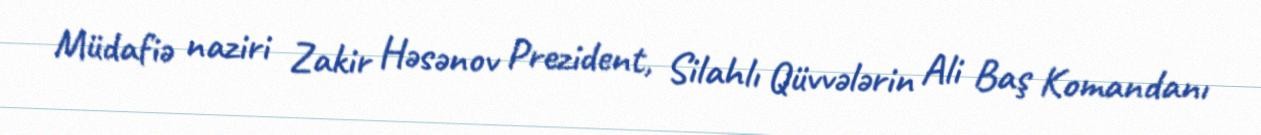
Müdafiə naziri Zakir Həsənov Prezident, Silahlı Qüvvələrin Ali Baş Komandanı